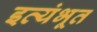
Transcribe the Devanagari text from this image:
इत्यंभूत